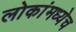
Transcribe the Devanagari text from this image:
लोकांमध्येच